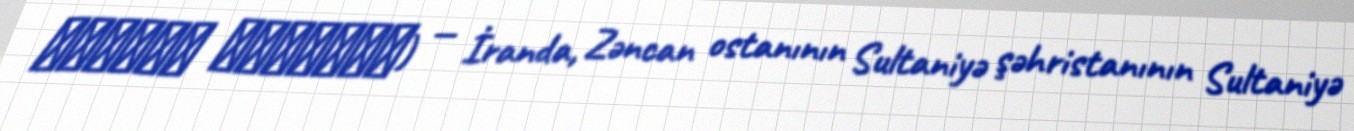
دهستان سلطانيه) — İranda, Zəncan ostanının Sultaniyə şəhristanının Sultaniyə